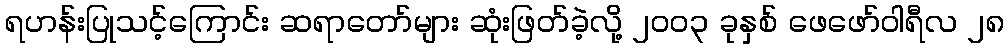
ရဟန်းပြုသင့်ကြောင်း ဆရာတော်များ ဆုံးဖြတ်ခဲ့လို့ ၂၀၀၃ ခုနှစ် ဖေဖော်ဝါရီလ ၂၈